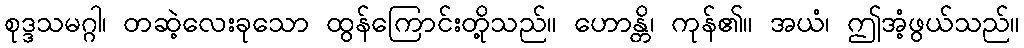
စုဒ္ဒသမဂ္ဂါ၊ တဆဲ့လေးခုသော ထွန်ကြောင်းတို့သည်။ ဟောန္တိ၊ ကုန်၏။ အယံ၊ ဤအံ့ဖွယ်သည်။